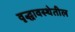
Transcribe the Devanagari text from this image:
वृद्धावस्थेतील